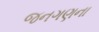
જનગણના